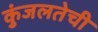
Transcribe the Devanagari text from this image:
कुंजलतेची